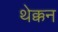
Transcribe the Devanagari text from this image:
थेक्कन